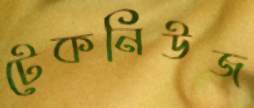
টেকনিউজ